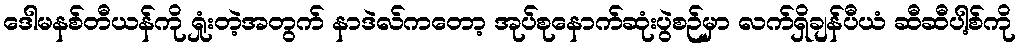
ဒေါမနစ်တီယန်ကို ရှုံးတဲ့အတွက် နာဒဲလ်ကတော့ အုပ်စုနောက်ဆုံးပွဲစဉ်မှာ လက်ရှိချန်ပီယံ ဆီဆီပါ့စ်ကို